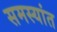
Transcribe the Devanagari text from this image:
समस्यांत